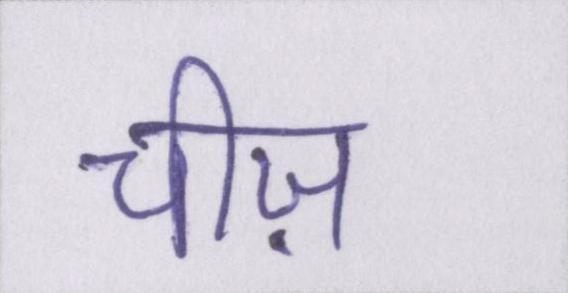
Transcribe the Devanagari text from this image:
चीज़